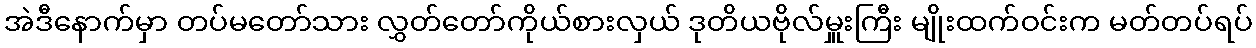
အဲဒီနောက်မှာ တပ်မတော်သား လွှတ်တော်ကိုယ်စားလှယ် ဒုတိယဗိုလ်မှူးကြီး မျိုးထက်ဝင်းက မတ်တပ်ရပ်